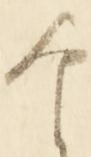
な